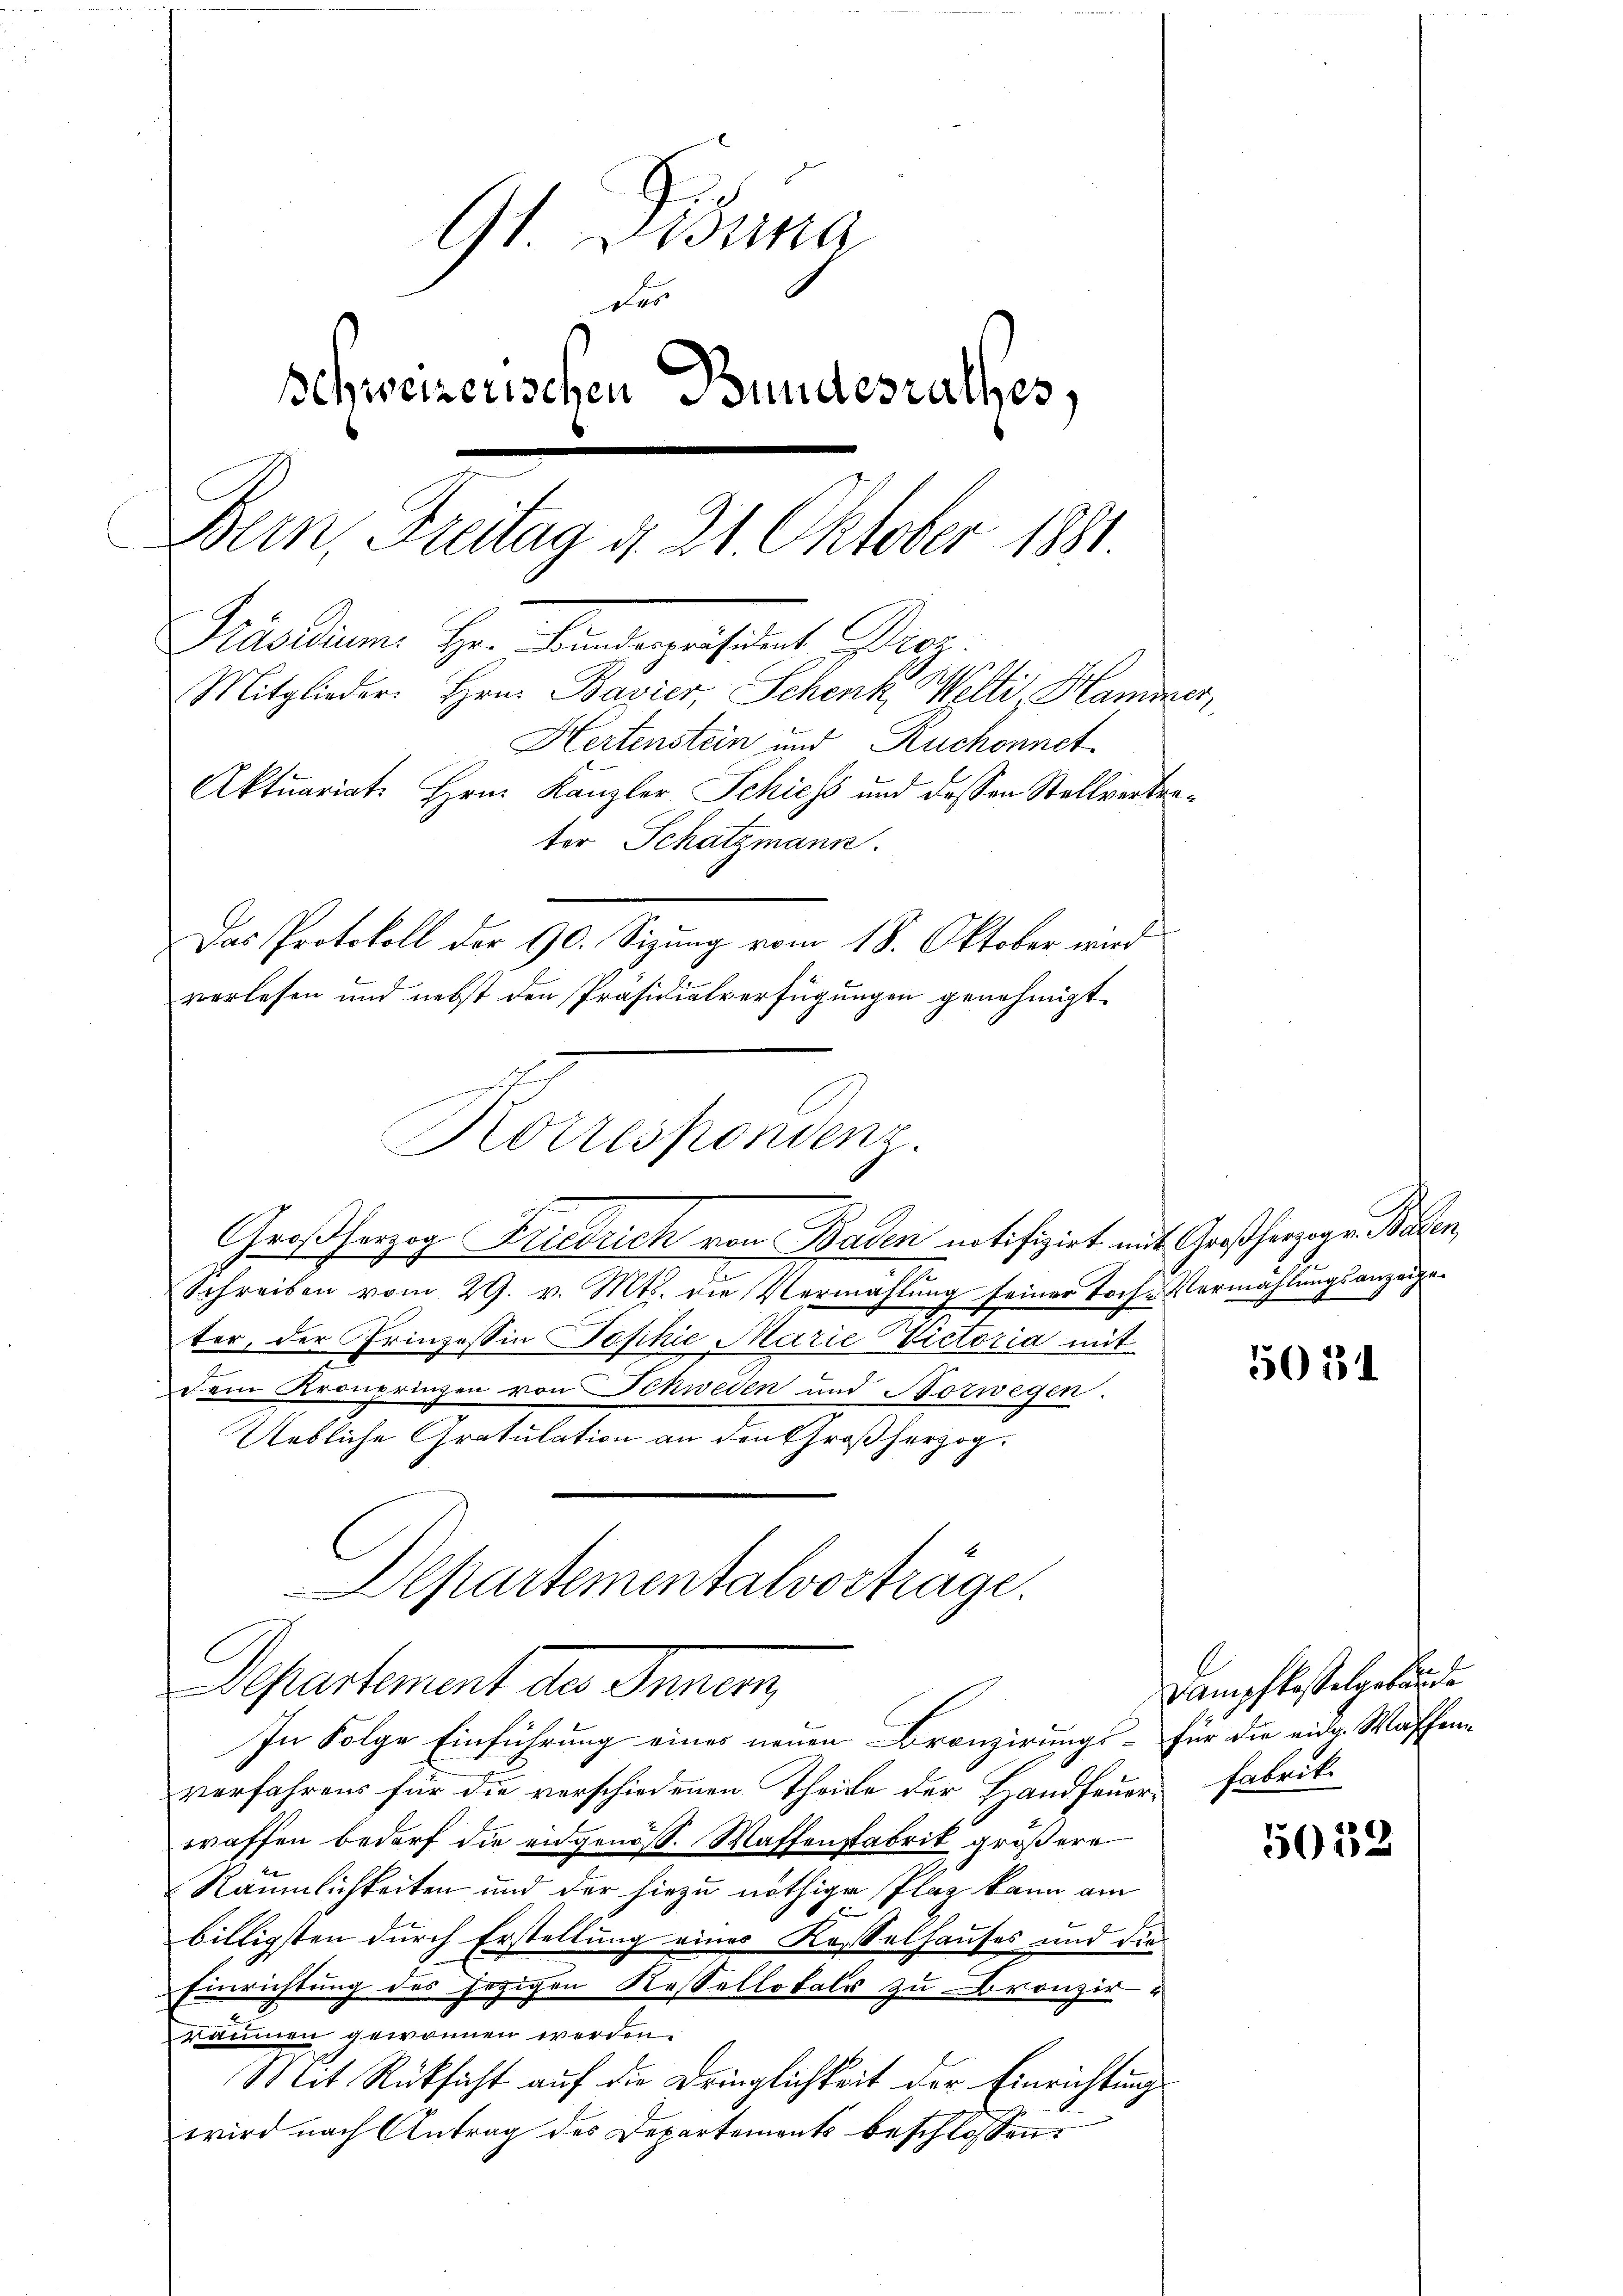
91 Dessina
Des
Schweizerischen Bundesrathes,
Bern, Freitag d. 21. Oktober 1881
Praedium. Hr. Kantonistet Purg
Mitglieder. Hrn. Bavier, Schenk Welti, Hammer
Hertenstein und Ruchonnet
Aktuariat. Hrn. Kanzler Schiess und dessen Stellvertrater Schatzmann.
Das Protokoll der 90. Sizung vom 18. Oktober wird
verlesen und nebst den Präsidialverfügungen genehmigt.

Korrespondenz.

f

Großherzog Friedrich von Baden notifizirt mit Großherzogen Baden,
Schreiben vom 29. v. Mts. die Vermahlung seiner Toch-Vermählungsanzeigeter, der Prinzessin Sophie Marie Victoria mit
dem Kronprinzen von Schweden und Norwegen.
Uebliche Gratulation an den Großherzog.
Departementalvorträge.
Departement des Innern,
In Folge Einführung eines neuen Bronzirungs- für die eidg. Waffene
verfahrens für die verschiedenen Theile der Handfeuer Fabrik
waffen bedarf die eidgenöss. Waffenstabrik größere
Räumlichkeiten und der hiezu nöthige Plaz kann am
u
billigsten durch Erstellung eines Kasselhauses und die
Einrichtung des jezigen Kessellokals zu Bronzir
Räumen gewonnen werden.
Mit Rücksicht auf die Dringlichkeit der Einrichtung
wird nach Antrag des Departements beschlossen:

5031

Dampfkasselgebäude

5052